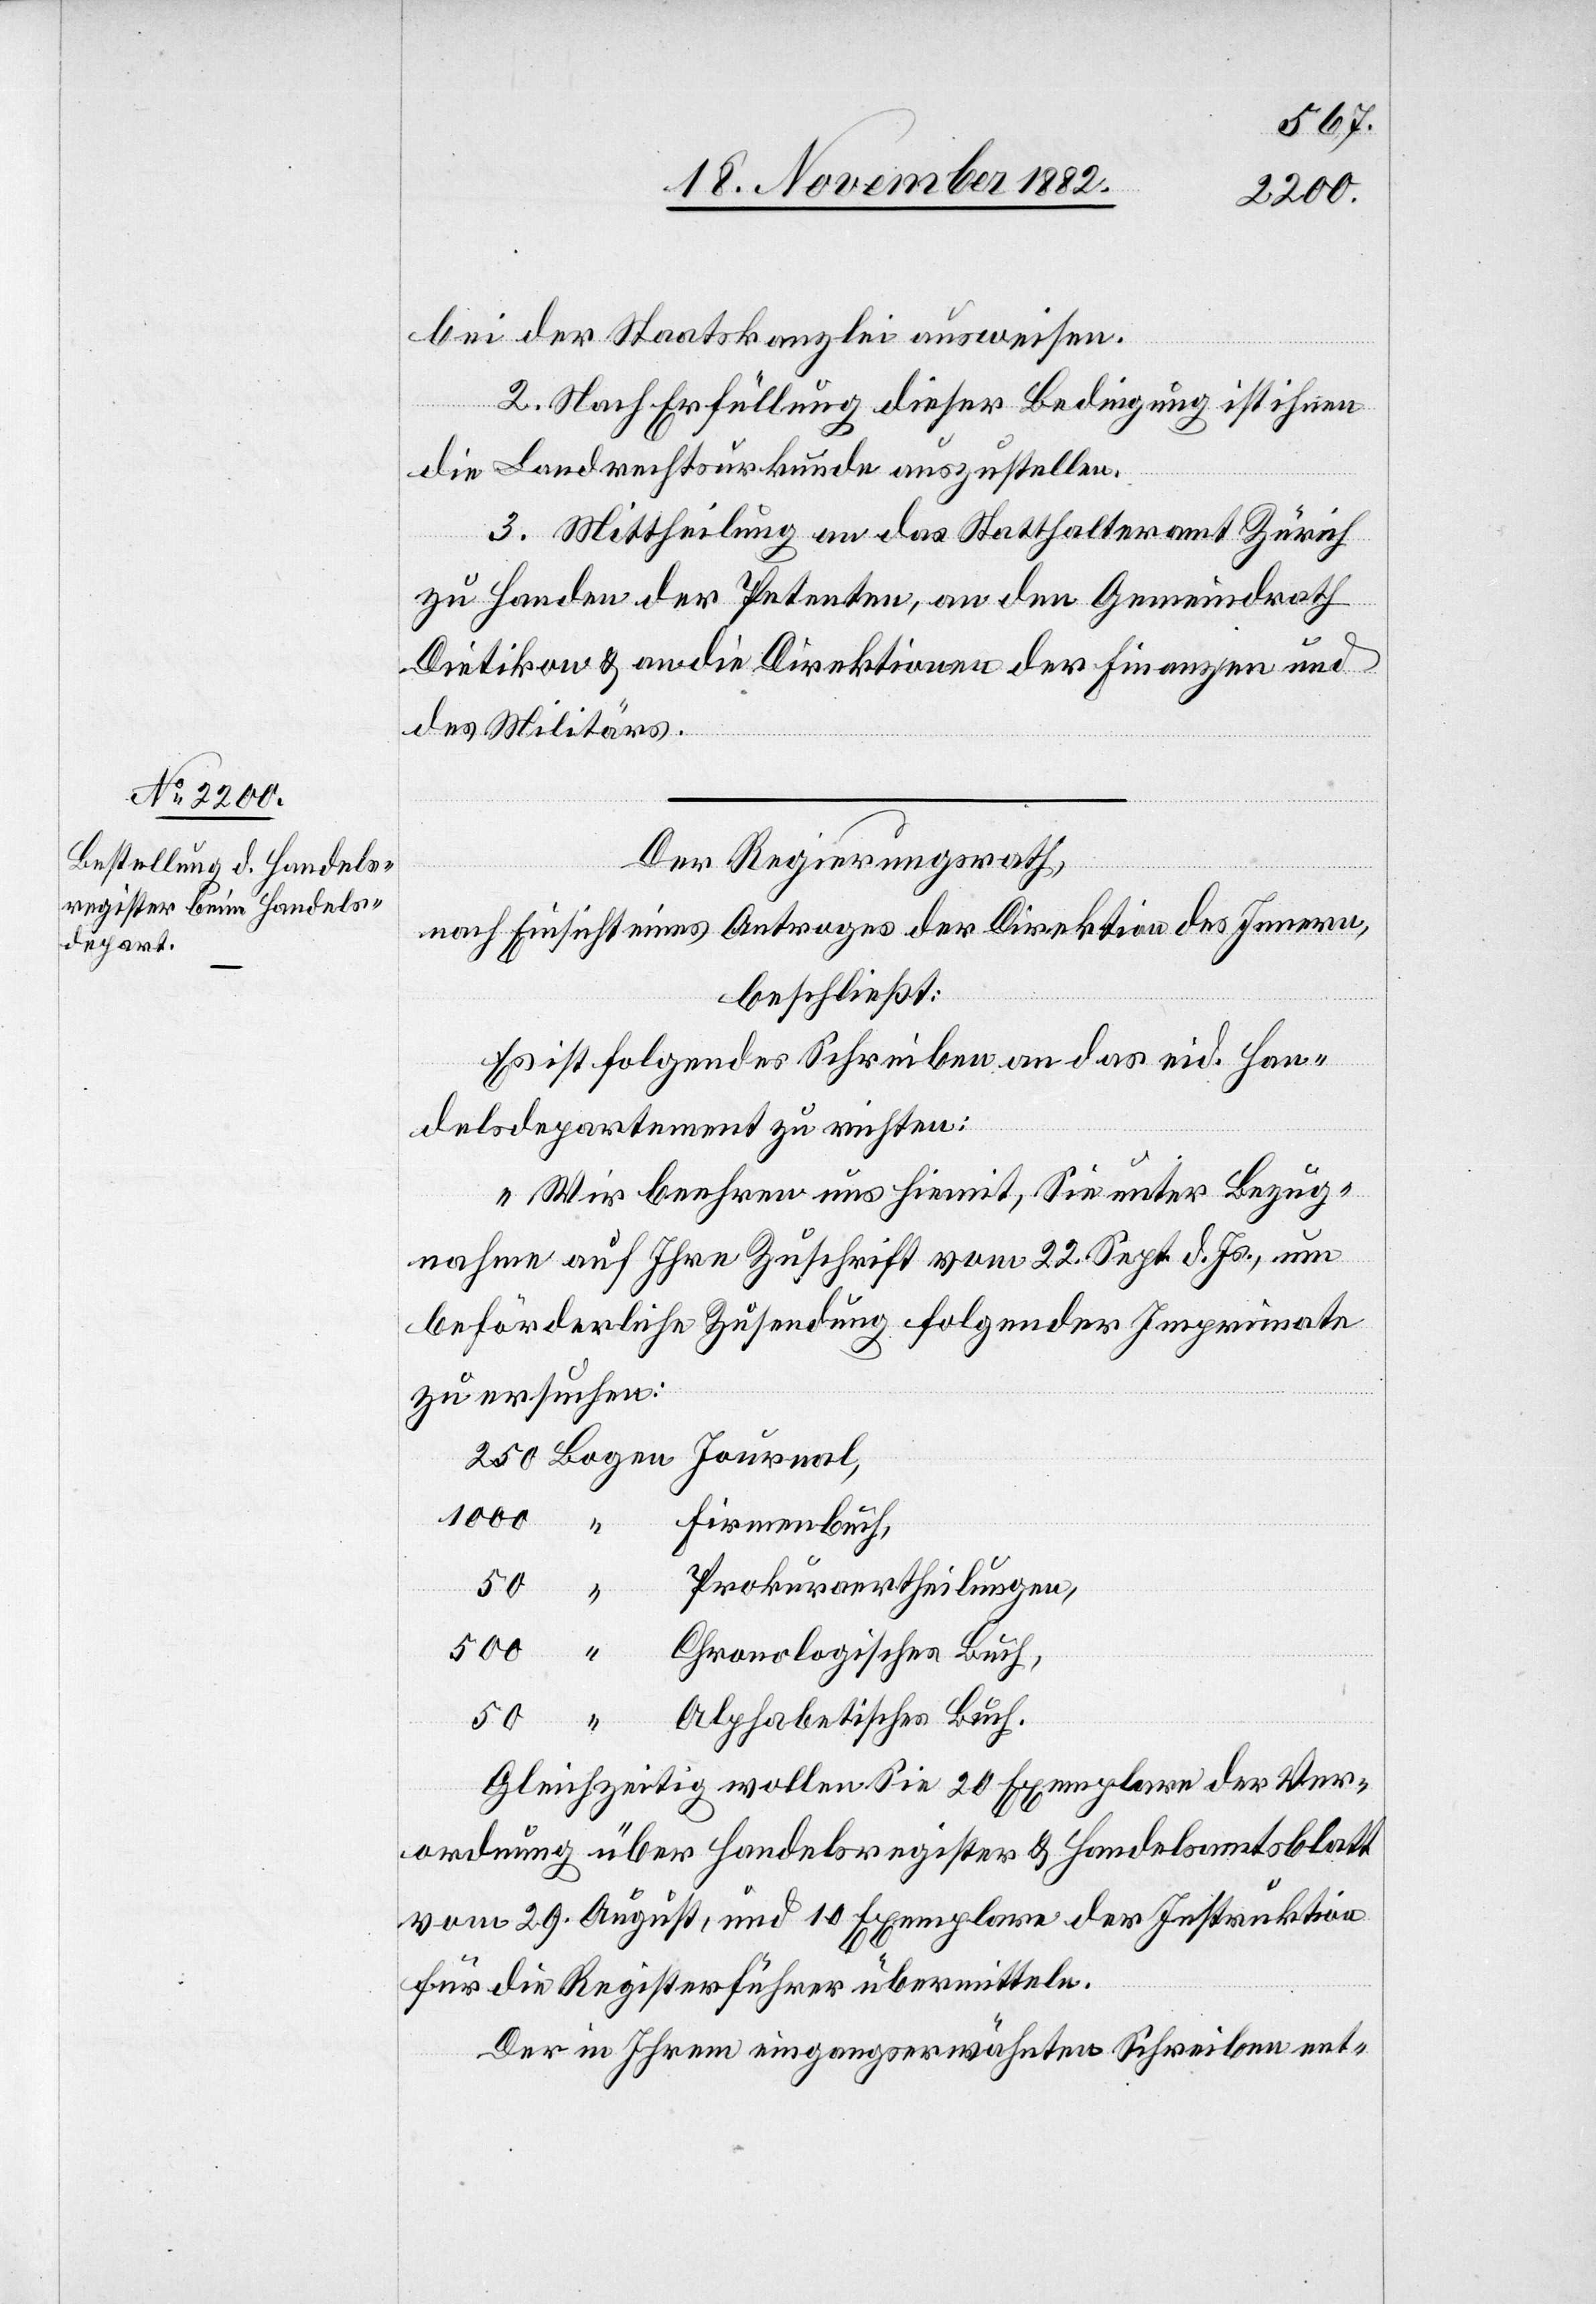
bei der Staatskanzlei ausweisen.
2. Nach Erfüllung dieser Bedingung ist ihm
die Landrechtsurkunde auszustellen.
3. Mittheilung an das Statthalteramt Zürich
zu Handen der Petenten, an den Gemeindrath
Dietikon & an die Direktionen der Finanzen und
des Militärs.
Der Regierungsrath,
nach Einsicht eines Antrages der Direktion des Innern,
beschließt:
“
Es ist folgendes Schreiben an das eid. Han¬
delsdepartement zu richten:
„Wir beehren uns hiemit, Sie unter Bezug¬
nahme auf Ihre Zuschrift vom 22. Sept. d. Js., um
beförderliche Zusendung folgender Imprimate
zu ersuchen:
1000
Firmenbuch,
Prokuraertheilungen,
500
Alphabetisches Buch.
Gleichzeitig wollen Sie 20 Exemplare der Ver¬
ordnung über Handelsregister & Handelsamtsblatt
vom 29. August, und 10 Exemplare der Instruktion
für die Registerführer übermitteln.
Der in Ihrem eingangserwähnten Schreiben ent-